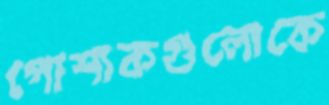
পোশাকগুলোকে